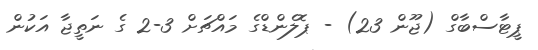
ޕީޓާސްބާގް (ޖޫން 23) - ޕޮލެންޑްގެ މައްޗަށް 3-2 ގެ ނަތީޖާ އަކުން